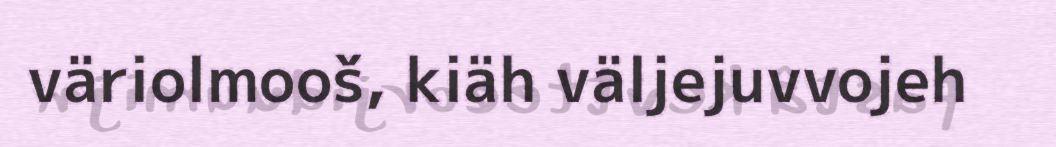
väriolmooš, kiäh väljejuvvojeh